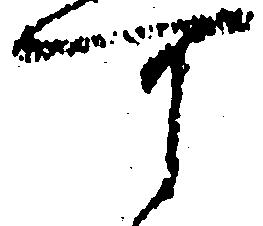
可